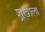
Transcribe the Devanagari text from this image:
श्र्‌खाला